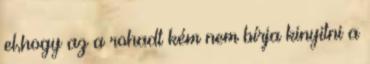
el,hogy az a rohadt kém nem bírja kinyitni a